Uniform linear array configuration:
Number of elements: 4
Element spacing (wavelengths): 0.75
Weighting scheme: hamming
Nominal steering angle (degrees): -60
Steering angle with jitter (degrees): -61.046
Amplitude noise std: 0.05
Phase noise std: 0.05

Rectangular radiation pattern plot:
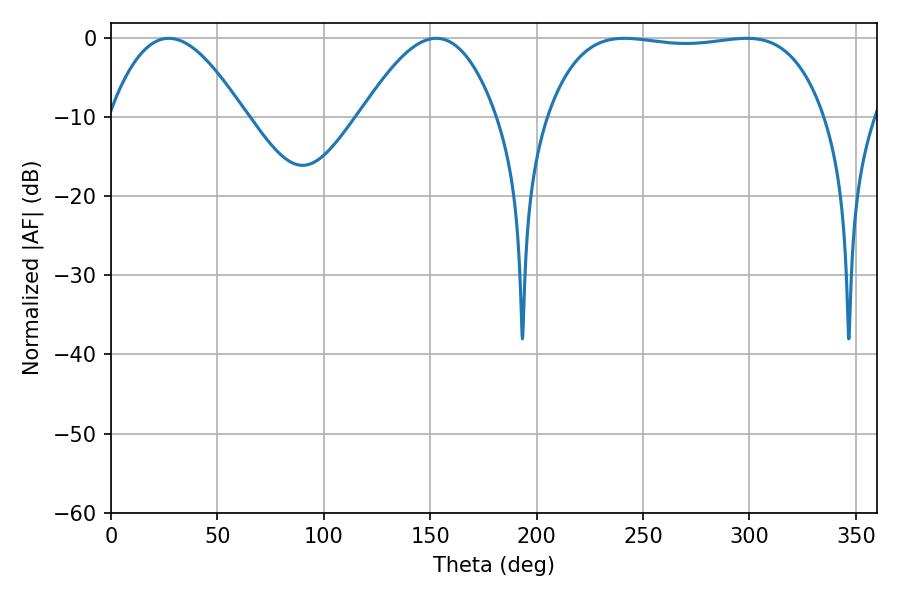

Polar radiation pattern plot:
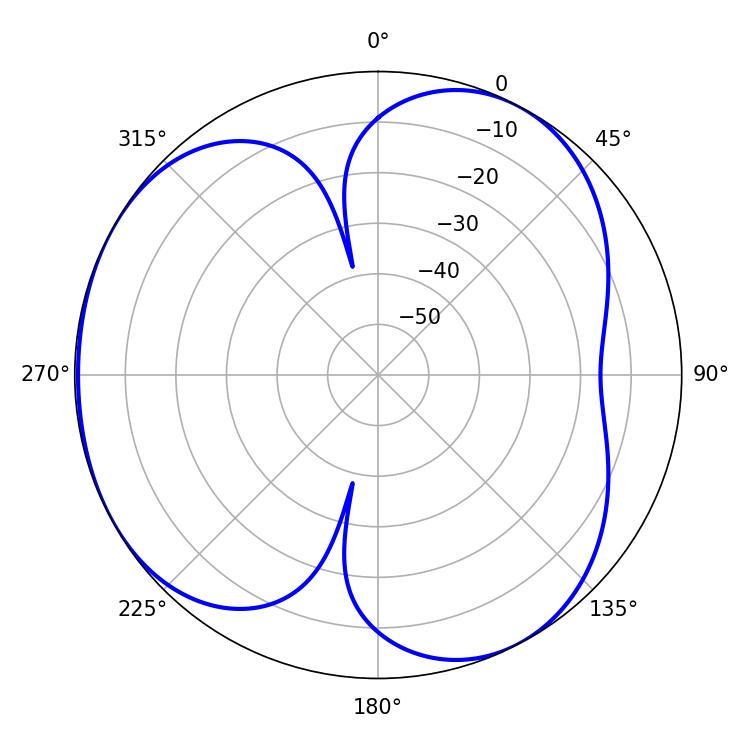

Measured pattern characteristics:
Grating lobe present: TRUE
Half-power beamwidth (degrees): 34.38
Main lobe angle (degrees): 27.18